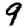
Digit: 9